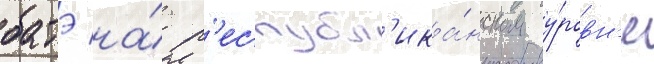
батэ на́ р'еспубл'ика́нском у́ровн'е